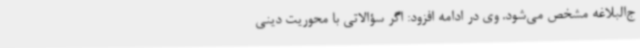
ج‌البلاغه مشخص می‌شود. وی در ادامه افزود: اگر سؤالاتی با محوریت دینی